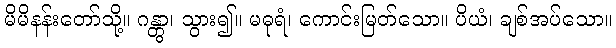
မိမိနန်းတော်သို့။ ဂန္တွာ၊ သွား၍။ မဓုရံ၊ ကောင်းမြတ်သော။ ပိယံ၊ ချစ်အပ်သော။